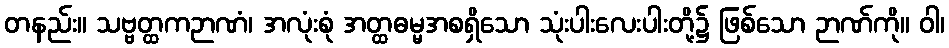
တနည်း။ သဗ္ဗတ္ထကဉာဏံ၊ အလုံးစုံ အတ္ထဓမ္မအစရှိသော သုံးပါးလေးပါးတို့၌ ဖြစ်သော ဉာဏ်ကို။ ဝါ၊